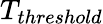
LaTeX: T_{threshold}